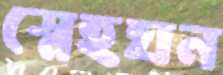
স্নেহঘন